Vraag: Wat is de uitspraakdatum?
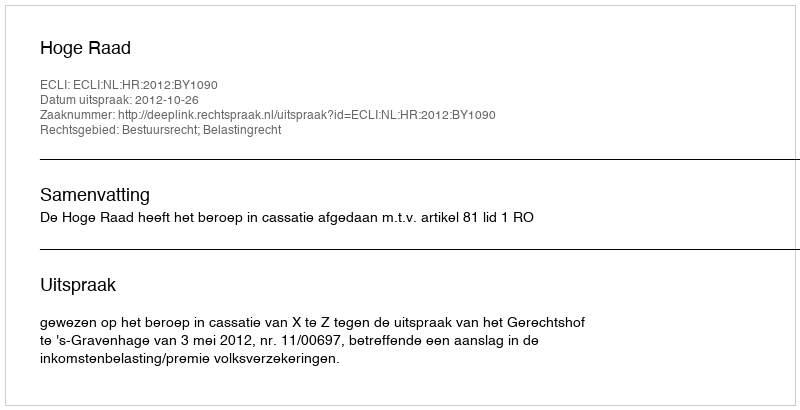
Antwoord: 2012-10-26